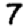
Digit: 7